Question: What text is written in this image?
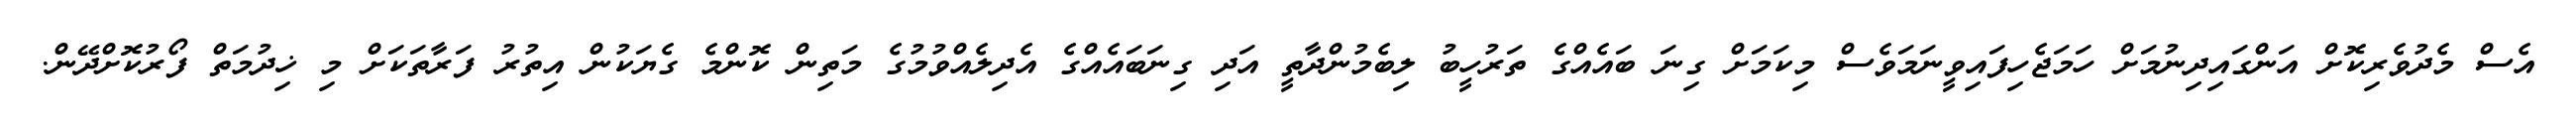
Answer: އެސް މެދުވެރިކޮށް އަންގައިދިނުމަށް ހަމަޖެހިފައިވީނަމަވެސް މިކަމަށް ގިނަ ބައެއްގެ ތަރުހީބު ލިބެމުންދާތީ އަދި ގިނަބައެއްގެ އެދިލެއްވުމުގެ މަތިން ކޮންމެ ގެޔަކުން އިތުރު ފަރާތަކަށް މި ޚިދުމަތް ފޯރުކޮށްދޭން.